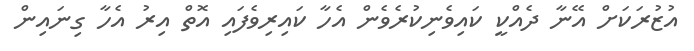
އުޒުރަކަށް އޭނާ ދެއްކީ ކައިވެނިކުރެވެން އެހާ ކައިރިވެފައި އޮތް އިރު އެހާ ގިނައިން